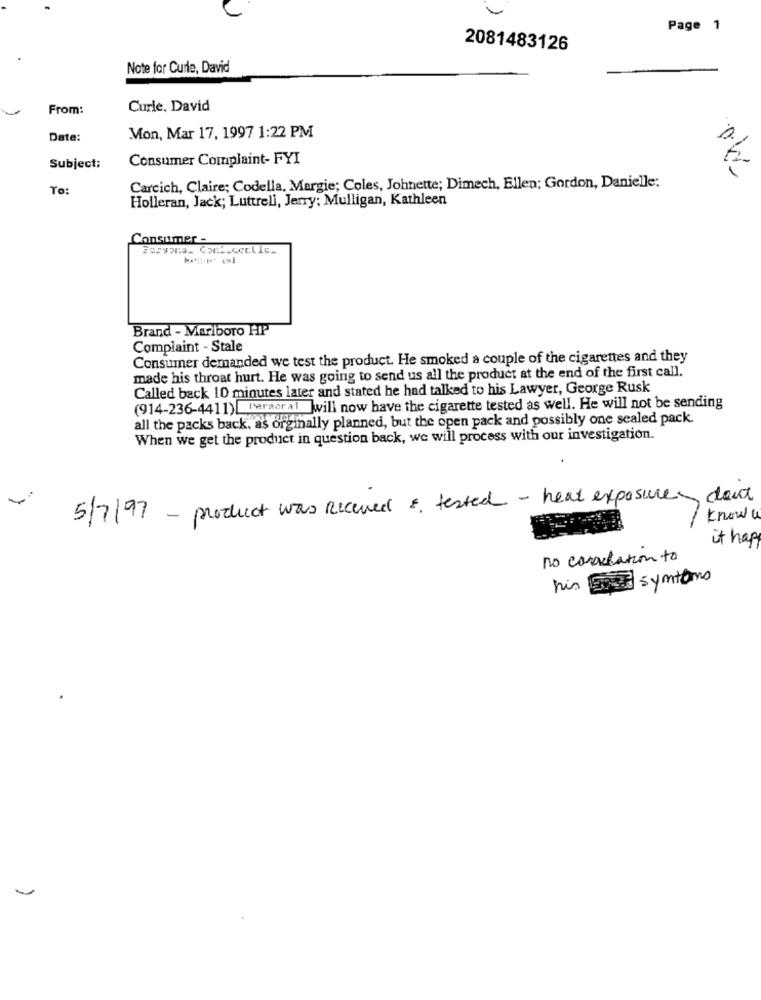
Page 1
2081483126
Note for Curle, David
From:
Curle, David
Date:
Mon, Mar 17, 1997 1:22 PM
Consumer Complaint- FYI
Subject:
To:
Carcich, Claire; Codella, Margie; Coles, Johnette; Dimech, Ellen; Gordon, Danielle:
Holleran, Jack; Luttrell, Jerry: Mulligan, Kathleen
Consumer -
Brand - Marlboro HP
Complaint - Stale
Consumer demanded we test the product. He smoked a couple of the cigarettes and they
made his throat hurt. He was going to send us all the product at the end of the first call.
Called back 10 minutes later and stated he had talked to his Lawyer, George Rusk
(914-236-4411) Peraoral will now have the cigarette tested as well. He will not be sending
all the packs back, as orginally planned, but the open pack and possibly one sealed pack.
When we get the product in question back, we will process with our investigation.
5/7/97 - product was Received & tested - heat exposure don't
know a
it hape
no consulation to
his symtoms